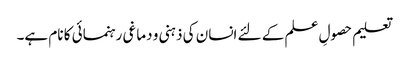
تعلیم حصولِ علم کے لئے انسان کی ذہنی و دماغی رہنمائی کا نام ہے۔